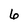
Character: 6